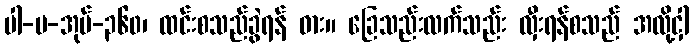
ပါ-ပ-အုပ်-၃၆၀၊ ထင်းစသည်ခွဲရန် ဓား။ ခြေသည်းလက်သည်း လှီးရန်စသည် အလို့ငှါ